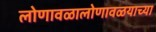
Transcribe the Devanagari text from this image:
लोणावळालोणावळयाच्या